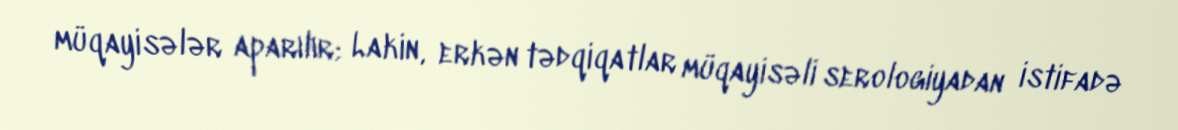
müqayisələr aparılır; Lakin, erkən tədqiqatlar müqayisəli serologiyadan istifadə